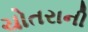
ચોતરાની